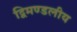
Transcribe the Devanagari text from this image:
द्विमण्डलीय